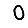
Digit: 0